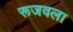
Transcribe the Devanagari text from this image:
रूजवला